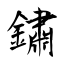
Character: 鏽